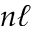
n \ell